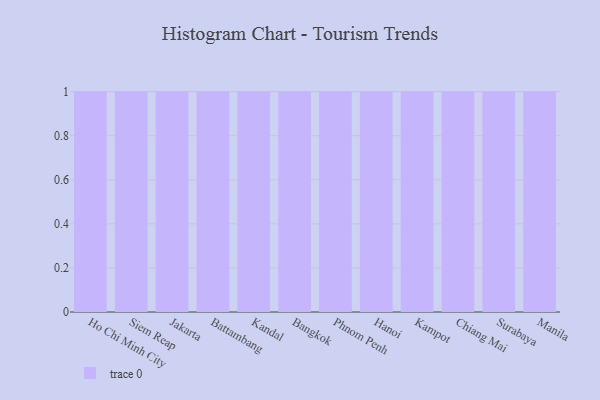
{"axis": {"x": "City", "y": "Gross Profit (USD K)"}, "legend": [""], "data": [{"x": "Ho Chi Minh City", "y": 82, "type": ""}, {"x": "Siem Reap", "y": 83, "type": ""}, {"x": "Jakarta", "y": 57, "type": ""}, {"x": "Battambang", "y": 3, "type": ""}, {"x": "Kandal", "y": 40, "type": ""}, {"x": "Bangkok", "y": 66, "type": ""}, {"x": "Phnom Penh", "y": 24, "type": ""}, {"x": "Hanoi", "y": 70, "type": ""}, {"x": "Kampot", "y": 24, "type": ""}, {"x": "Chiang Mai", "y": 42, "type": ""}, {"x": "Surabaya", "y": 26, "type": ""}, {"x": "Manila", "y": 75, "type": ""}]}